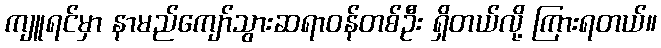
ကျူရင်မှာ နာမည်ကျော်သွားဆရာဝန်တစ်ဦး ရှိတယ်လို့ ကြားရတယ်။